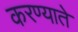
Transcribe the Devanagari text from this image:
करण्याते